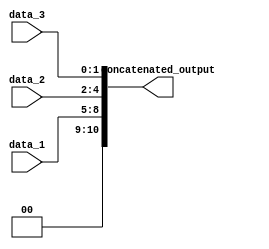
module concatenation_example (
    input [3:0] data_1,
    input [2:0] data_2,
    input [1:0] data_3,
    output [10:0] concatenated_output
);

assign concatenated_output = {data_1, data_2, data_3};

endmodule